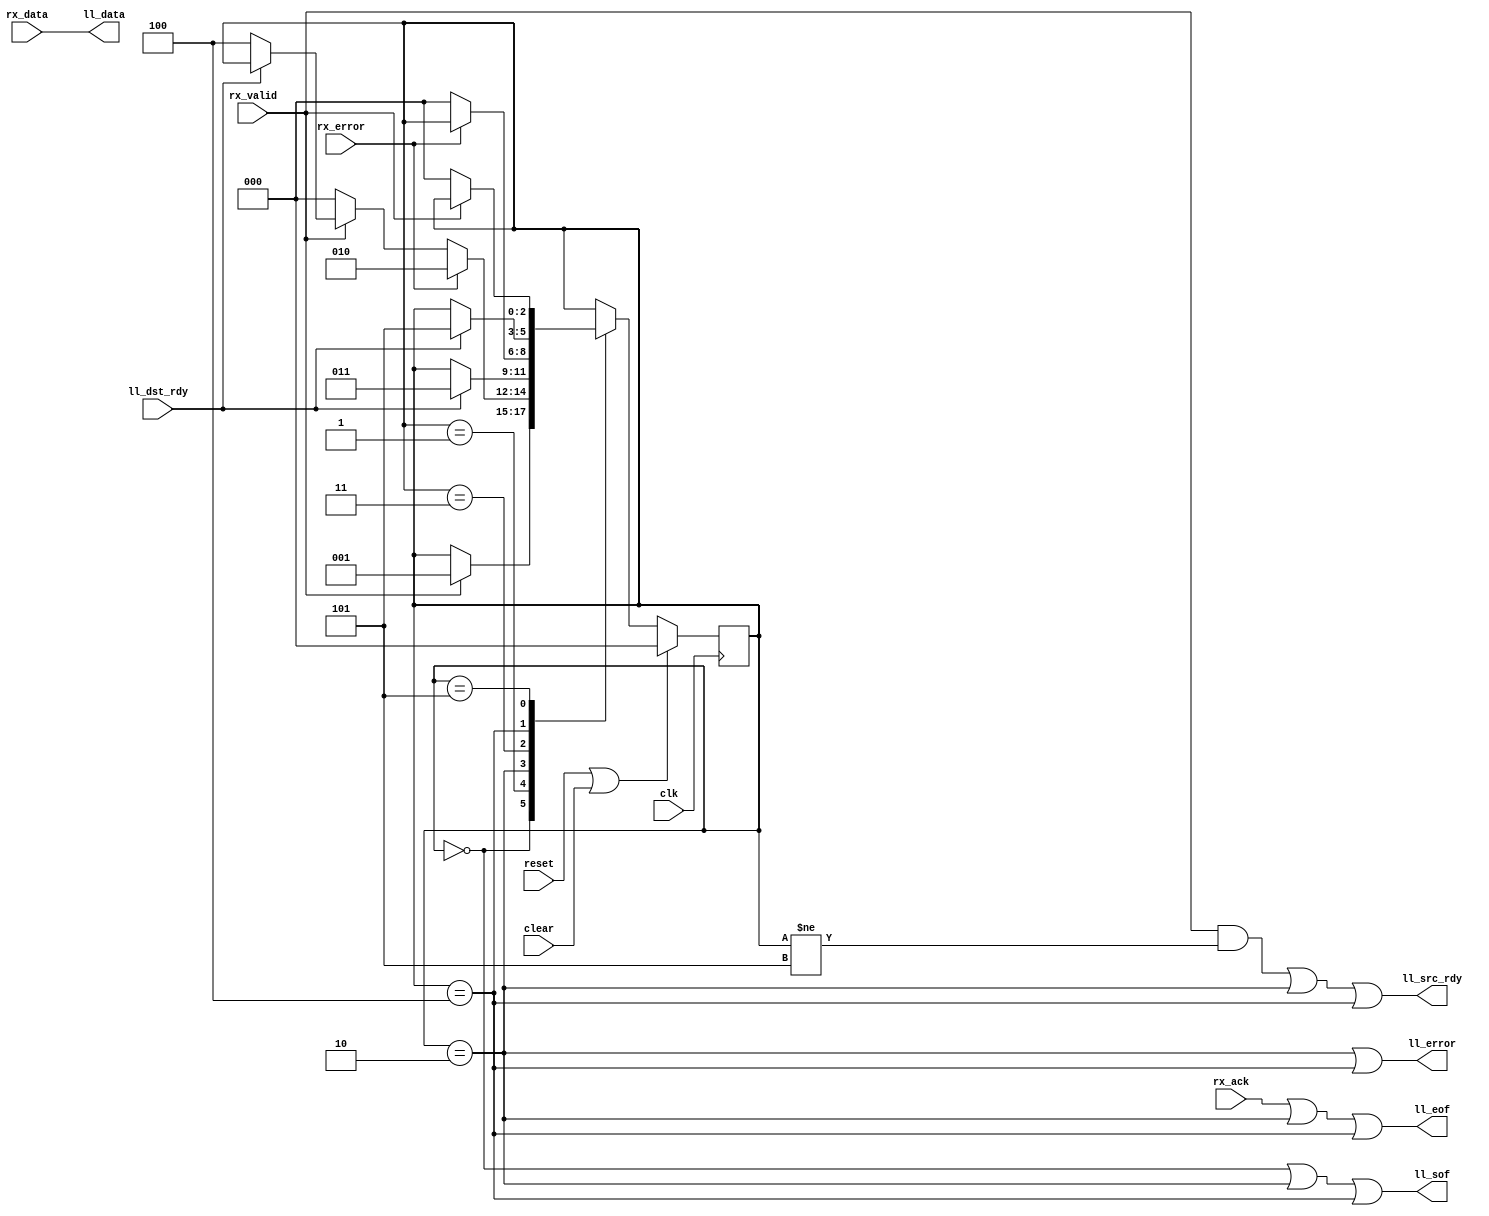
`timescale 1ns / 1ps
//////////////////////////////////////////////////////////////////////////////////
// Company: 
// Engineer: 
// 
// Design Name: 
// Module Name:    rxmac_to_ll8 
// Project Name: 
// Target Devices: 
// Tool versions: 
// Description: 
//
// Dependencies: 
//
// Revision: 
// Revision 0.01 - File Created
// Additional Comments: 
//
//////////////////////////////////////////////////////////////////////////////////
module rxmac_to_ll8
  (input clk, input reset, input clear,
   input [7:0] rx_data, input rx_valid, input rx_error, input rx_ack,
   output [7:0] ll_data, output ll_sof, output ll_eof, output ll_error, output ll_src_rdy, input ll_dst_rdy );

   reg [2:0] xfer_state;

   localparam XFER_IDLE     = 0;
   localparam XFER_ACTIVE   = 1;
   localparam XFER_ERROR    = 2;
   localparam XFER_ERROR2   = 3;
   localparam XFER_OVERRUN  = 4;
   localparam XFER_OVERRUN2 = 5;
      
   assign ll_data 	    = rx_data;
   assign ll_src_rdy 	    = ((rx_valid & (xfer_state != XFER_OVERRUN2) )
			       | (xfer_state == XFER_ERROR) 
			       | (xfer_state == XFER_OVERRUN));
   assign ll_sof 	    = ((xfer_state==XFER_IDLE)|(xfer_state==XFER_ERROR)|(xfer_state==XFER_OVERRUN));
   assign ll_eof 	    = (rx_ack | (xfer_state==XFER_ERROR) | (xfer_state==XFER_OVERRUN));
   assign ll_error 	    = (xfer_state == XFER_ERROR)|(xfer_state==XFER_OVERRUN);
   
   always @(posedge clk)
     if(reset | clear)
       xfer_state 	   <= XFER_IDLE;
     else
       case(xfer_state)
	 XFER_IDLE :
	   if(rx_valid)
	     xfer_state <= XFER_ACTIVE;
	 XFER_ACTIVE :
	   if(rx_error)
	     xfer_state <= XFER_ERROR;
	   else if(~rx_valid)
	     xfer_state <= XFER_IDLE;
	   else if(~ll_dst_rdy)
	     xfer_state <= XFER_OVERRUN;
	 XFER_ERROR :
	   if(ll_dst_rdy)
	     xfer_state <= XFER_ERROR2;
	 XFER_ERROR2 :
	   if(~rx_error)
	     xfer_state <= XFER_IDLE;
	 XFER_OVERRUN :
	   if(ll_dst_rdy)
	     xfer_state <= XFER_OVERRUN2;
	 XFER_OVERRUN2 :
	   if(~rx_valid)
	     xfer_state <= XFER_IDLE;
       endcase // case (xfer_state)

   
endmodule // rxmac_to_ll8